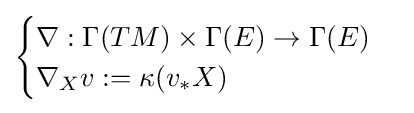
{\begin{cases}\nabla :\Gamma (TM)\times \Gamma (E)\to \Gamma (E)\\\nabla _{X}v:=\kappa (v_{*}X)\end{cases}}